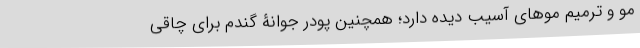
مو و ترمیم موهای آسیب دیده دارد؛ همچنین پودر جوانۀ گندم برای چاقی